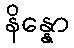
နိန္နော